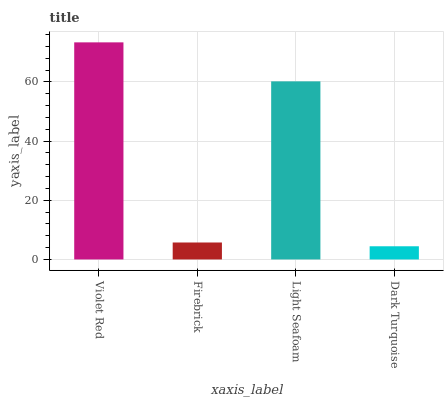
| xaxis_label | bars |
 | --- | --- |
 | Violet Red | 73.4 |
 | Firebrick | 5.73 |
 | Light Seafoam | 60.2 |
 | Dark Turquoise | 4.46 |